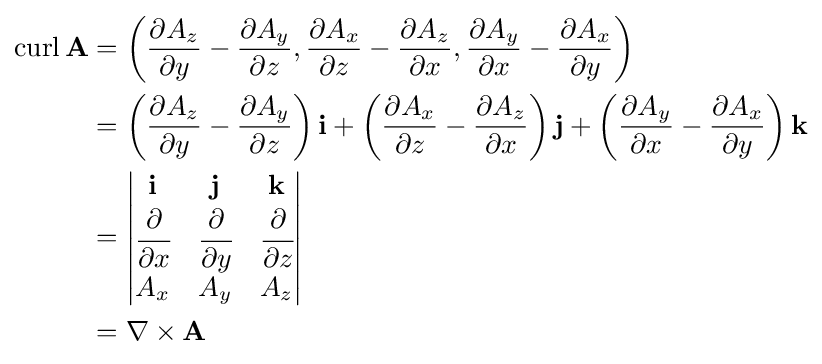
{\begin{aligned}\operatorname {curl} \mathbf {A} &=\left({\partial A_{z} \over {\partial y}}-{\partial A_{y} \over {\partial z}},{\partial A_{x} \over {\partial z}}-{\partial A_{z} \over {\partial x}},{\partial A_{y} \over {\partial x}}-{\partial A_{x} \over {\partial y}}\right)\\&=\left({\partial A_{z} \over {\partial y}}-{\partial A_{y} \over {\partial z}}\right)\mathbf {i} +\left({\partial A_{x} \over {\partial z}}-{\partial A_{z} \over {\partial x}}\right)\mathbf {j} +\left({\partial A_{y} \over {\partial x}}-{\partial A_{x} \over {\partial y}}\right)\mathbf {k} \\&={\begin{vmatrix}\mathbf {i} &\mathbf {j} &\mathbf {k} \\{\cfrac {\partial }{\partial x}}&{\cfrac {\partial }{\partial y}}&{\cfrac {\partial }{\partial z}}\\A_{x}&A_{y}&A_{z}\end{vmatrix}}\\&=\nabla \times \mathbf {A} \end{aligned}}